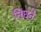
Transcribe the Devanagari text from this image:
निघने